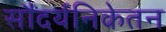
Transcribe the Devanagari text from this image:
सौंदर्यनिकेतन